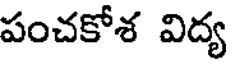
పంచకోశ విద్య